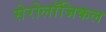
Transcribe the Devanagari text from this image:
सेरोलॉजिकल